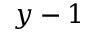
y - 1